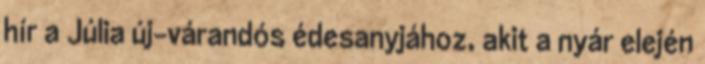
hír a Júlia új-várandós édesanyjához, akit a nyár elején